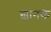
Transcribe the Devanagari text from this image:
ख़ानके